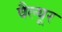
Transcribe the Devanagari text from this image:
वैल्यूर